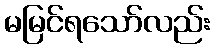
မမြင်ရသော်လည်း